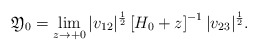
\begin{align*} \mathfrak{Y}_0 =\lim_{z \to +0} |v_{12}|^{\frac 12} \left[H_0 + z \right]^{-1} |v_{23}|^{\frac 12} . \end{align*}